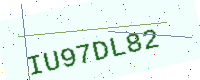
Text: IU97DL82